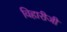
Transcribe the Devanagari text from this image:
विहारीजी